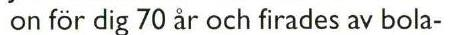
on för dig 70 år och firades av bola-